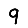
Digit: 9